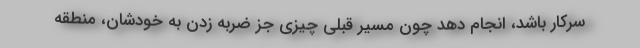
سرکار باشد، انجام دهد چون مسیر قبلی چیزی جز ضربه زدن به خودشان، منطقه